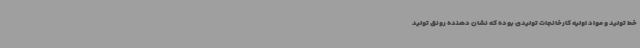
خط تولید و مواد اولیه کارخانجات تولیدی بوده که نشان دهنده رونق تولید